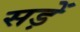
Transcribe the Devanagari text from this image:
सड़ें